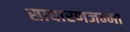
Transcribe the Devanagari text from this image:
साधारणजन्मा